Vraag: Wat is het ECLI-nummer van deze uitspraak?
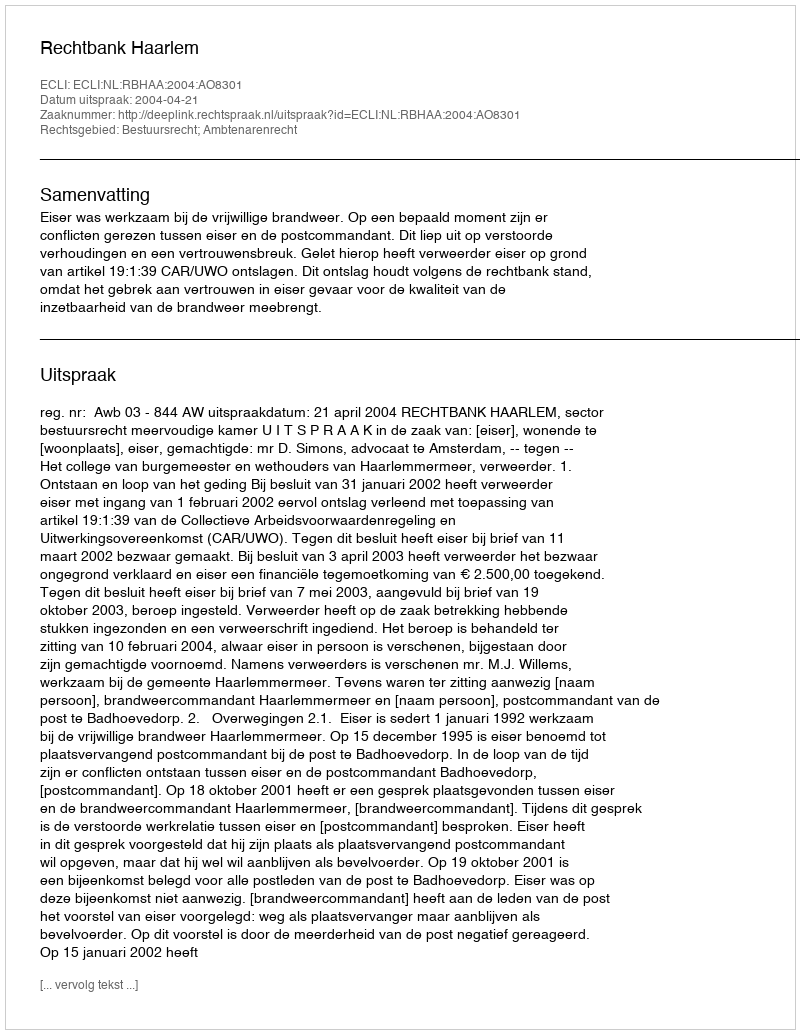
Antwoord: ECLI:NL:RBHAA:2004:AO8301